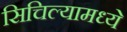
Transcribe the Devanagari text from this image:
सिचिल्यामध्ये